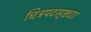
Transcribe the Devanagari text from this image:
चित्रपटसृष्ट्या